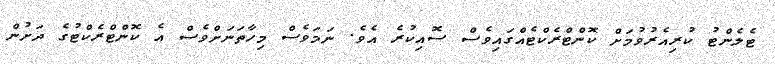
ޓެލެންޓު ކުރިއެރުވުމަށް ކޮންޓްރެކްޓެއްގައިވެސް ސޮއިކުރެ އެވެ. ނަމަވެސް މިހާތަނަށްވެސް އެ ކޮންޓްރެކްޓުގެ ދަށުން